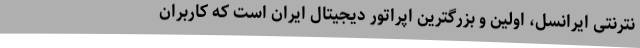
نترنتی ایرانسل، اولین و بزرگترین اپراتور دیجیتال ایران است که کاربران